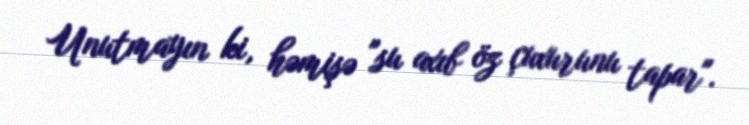
Unutmayın ki, həmişə "su axıb öz çuxurunu tapar".